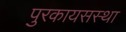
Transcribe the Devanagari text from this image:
पुरकायसस्था